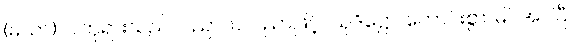
(မယာ)၊ ငါဘုရားသည်။ ပညာယ၊ ပညာဖြင့်။ သုဒိဋ္ဌော၊ ကောင်းစွာ မြင်အပ်ပြီ။